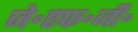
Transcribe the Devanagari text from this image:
जे॰एफ॰जी॰